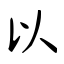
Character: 以